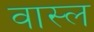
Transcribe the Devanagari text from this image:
वास्ल